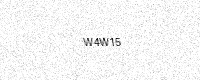
Text: W4W15